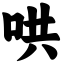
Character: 哄